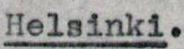
Helsinki.